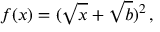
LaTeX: f ( x ) = ( \sqrt { x } + \sqrt { b } ) ^ { 2 } \, ,